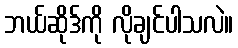
ဘယ်ဆိုဒ်ကို လိုချင်ပါသလဲ။